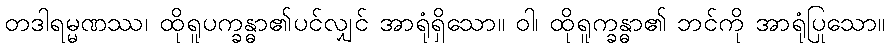
တဒါရမ္မဏဿ၊ ထိုရူပက္ခန္ဓာ၏ပင်လျှင် အာရုံရှိသော။ ဝါ၊ ထိုရူက္ခန္ဓာ၏ ဘင်ကို အာရုံပြုသော။